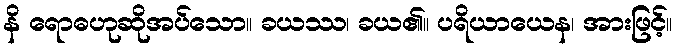
နိ ရောဓဟုဆိုအပ်သော။ ခယဿ၊ ခယ၏။ ပရိယာယေန၊ အားဖြင့်။